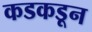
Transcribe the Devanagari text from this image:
कडकडून